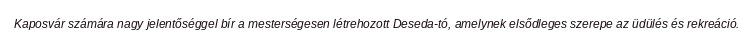
Kaposvár számára nagy jelentőséggel bír a mesterségesen létrehozott Deseda-tó, amelynek elsődleges szerepe az üdülés és rekreáció.